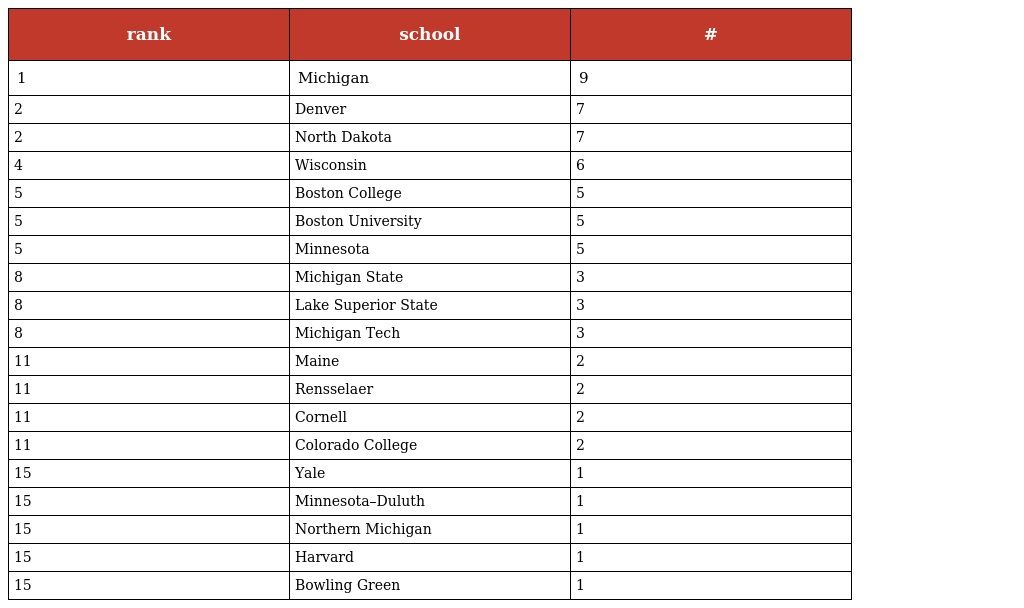
| rank | school | # |
 | --- | --- | --- |
 | 1 | Michigan | 9 |
 | 2 | Denver | 7 |
 | 2 | North Dakota | 7 |
 | 4 | Wisconsin | 6 |
 | 5 | Boston College | 5 |
 | 5 | Boston University | 5 |
 | 5 | Minnesota | 5 |
 | 8 | Michigan State | 3 |
 | 8 | Lake Superior State | 3 |
 | 8 | Michigan Tech | 3 |
 | 11 | Maine | 2 |
 | 11 | Rensselaer | 2 |
 | 11 | Cornell | 2 |
 | 11 | Colorado College | 2 |
 | 15 | Yale | 1 |
 | 15 | Minnesota–Duluth | 1 |
 | 15 | Northern Michigan | 1 |
 | 15 | Harvard | 1 |
 | 15 | Bowling Green | 1 |